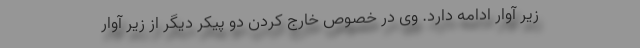
زیر آوار ادامه دارد. وی در خصوص خارج کردن دو پیکر دیگر از زیر آوار